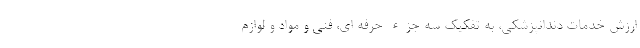
ارزش خدمات دندانپزشکی، به تفکیک سه جزء حرفه ای، فنی و مواد و لوازم